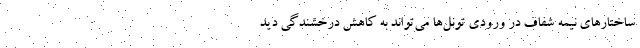
ساختارهای نیمه شفاف در ورودی تونل‌ها می‌تواند به کاهش درخشندگی دید